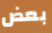
بعض